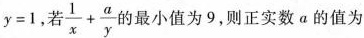
y=1，若 $$\frac {1} {x} + \frac {a} {y}$$ 的最小值为9，则正实数α的值为